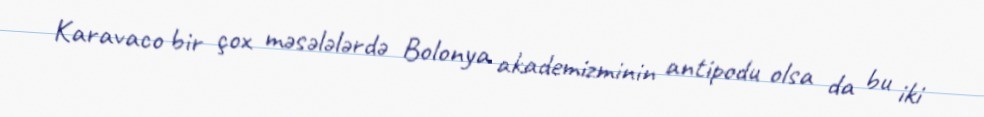
Karavaco bir çox məsələlərdə Bolonya akademizminin antipodu olsa da bu iki